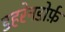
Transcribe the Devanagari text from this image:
डहरेनडोर्फ़